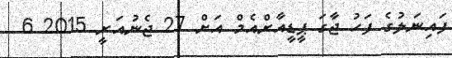
ފައިނަލުގެ ފަހު ޖާގަ ޕީޑީއާރްއެމް އަށް 27 ޖެނުއަރީ 2015 6